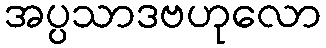
အပ္ပသာဒဗဟုလော